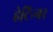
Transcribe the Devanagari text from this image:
हेटिन्गर